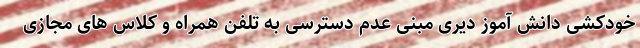
خودکشی دانش آموز دیری مبنی عدم دسترسی به تلفن همراه و کلاس های مجازی